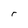
Character: r